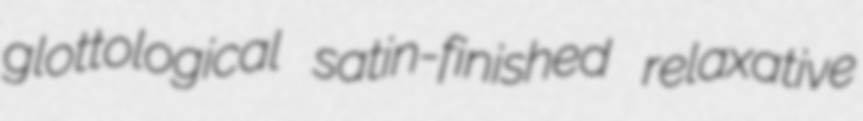
glottological satin-finished relaxative